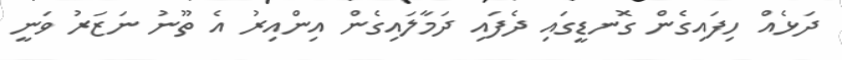
ދަޅެއް ހިފައިގެން ގޮނޑީގައި ދެފައި ދަމާލައިގެން އިންއިރު އެ ތޫނު ނަޒަރު ވަނީ